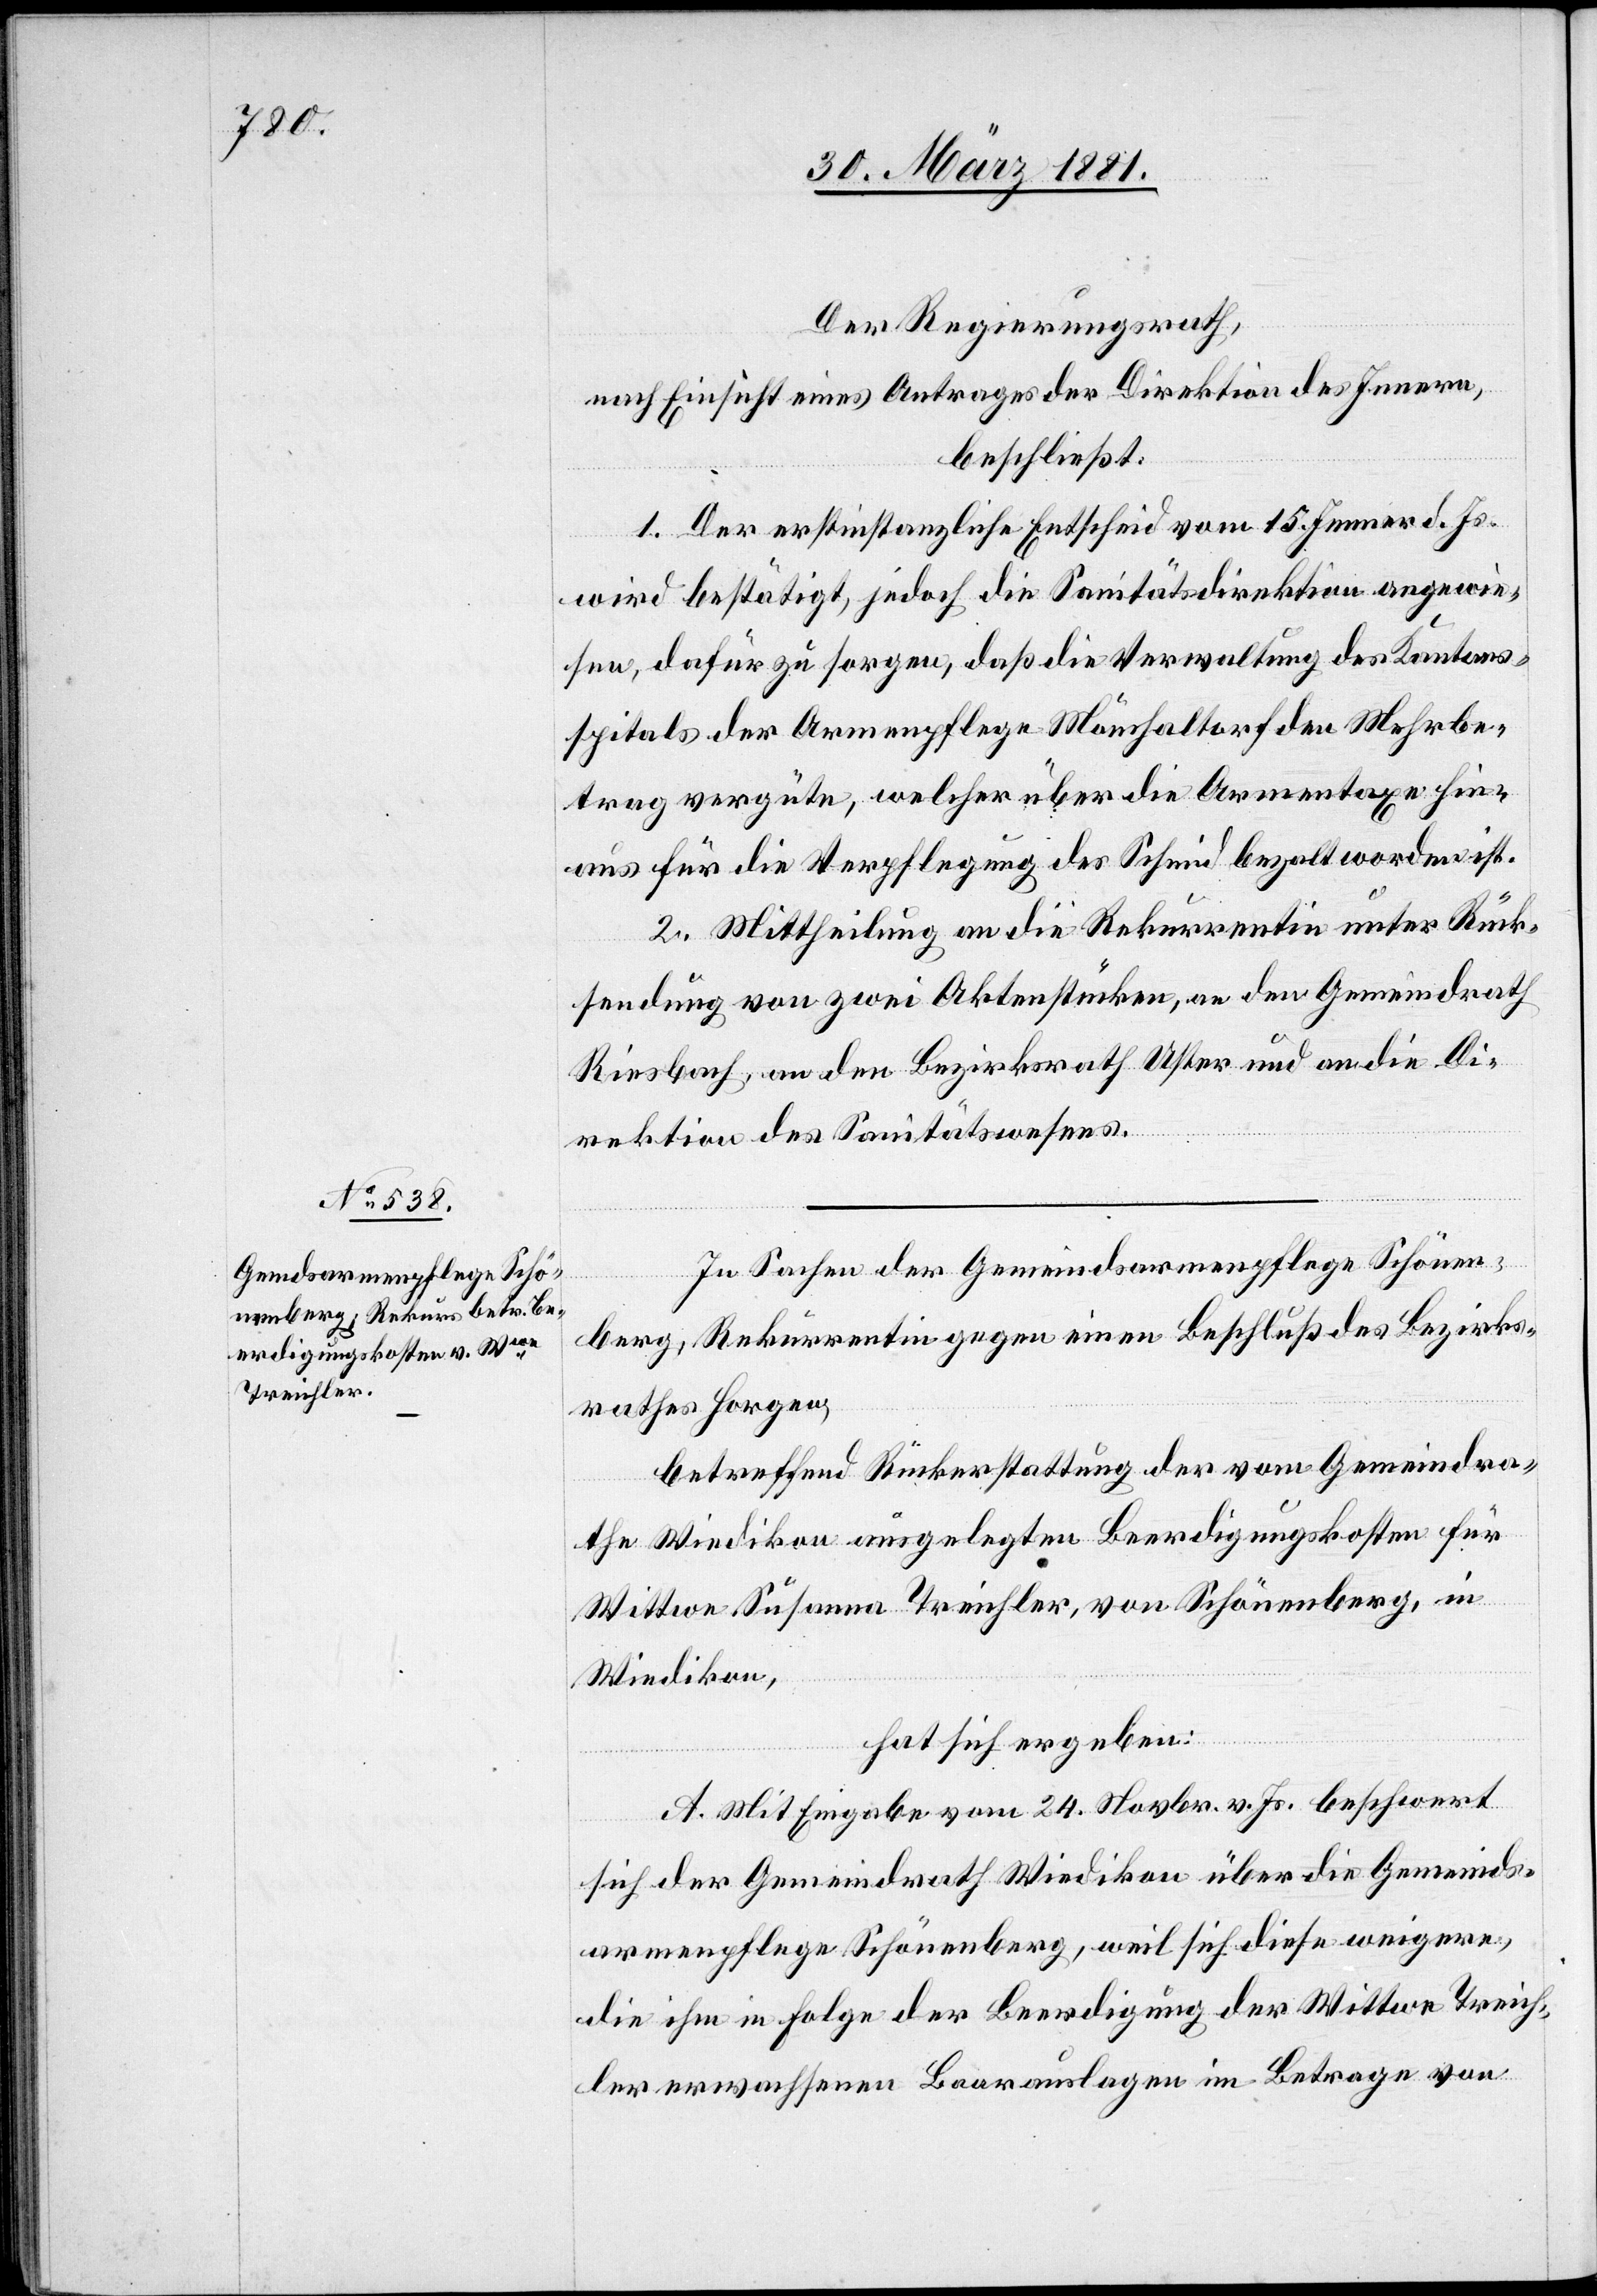
Der Regierungsrath,
nach Einsicht eines Antrages der Direktion des Innern,
beschließt:
1. Der erstinstanzliche Entscheid vom 15. Jenner d. Js.
wird bestätigt, jedoch die Sanitätsdirektion angewie¬
sen, dafür zu sorgen, daß die Verwaltung des Kantons¬
spitals der Armenpflege Mönchaltorf den Mehrbe¬
trag vergüte, welcher über die Armentaxe hin¬
aus für die Verpflegung des Schmid bezahlt worden ist.
2. Mittheilung an die Rekurrentin unter Rück¬
sendung von zwei Aktenstücken, an den Gemeindrath
Riesbach, an den Bezirksrath Uster und an die Di¬
rektion des Sanitätswesens.
In Sachen der Gemeindsarmenpflege Schönen¬
berg, Rekurrentin gegen einen Beschluß des Bezirks¬
rathes Horgen,
betreffend Rückerstattung der vom Gemeindra¬
the Wiedikon ausgelegten Beerdigungskosten für
Wittwe Susanna Treichler, von Schönenberg, in
Wiedikon,
hat sich ergeben:
A. Mit Eingabe vom 24. Novbr. v. Js. beschwert
sich der Gemeindrath Wiedikon über die Gemeinds¬
armenpflege Schönenberg, weil sich diese weigere,
die ihm in Folge der Beerdigung der Wittwe Treich¬
ler erwachsenen Baarauslagen im Betrage von